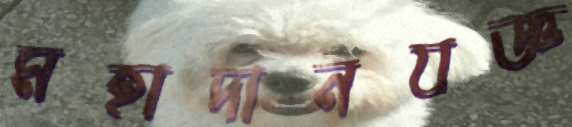
মহাদানযজ্ঞ